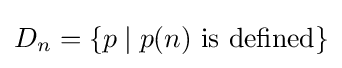
D_{n}=\{p\mid p(n)~{\text{is defined}}\}